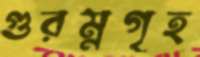
গুরম্নগৃহ